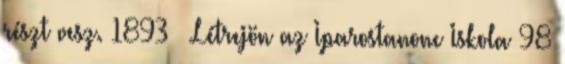
részt vesz. 1893 – Létrejön az Iparostanonc Iskola 98